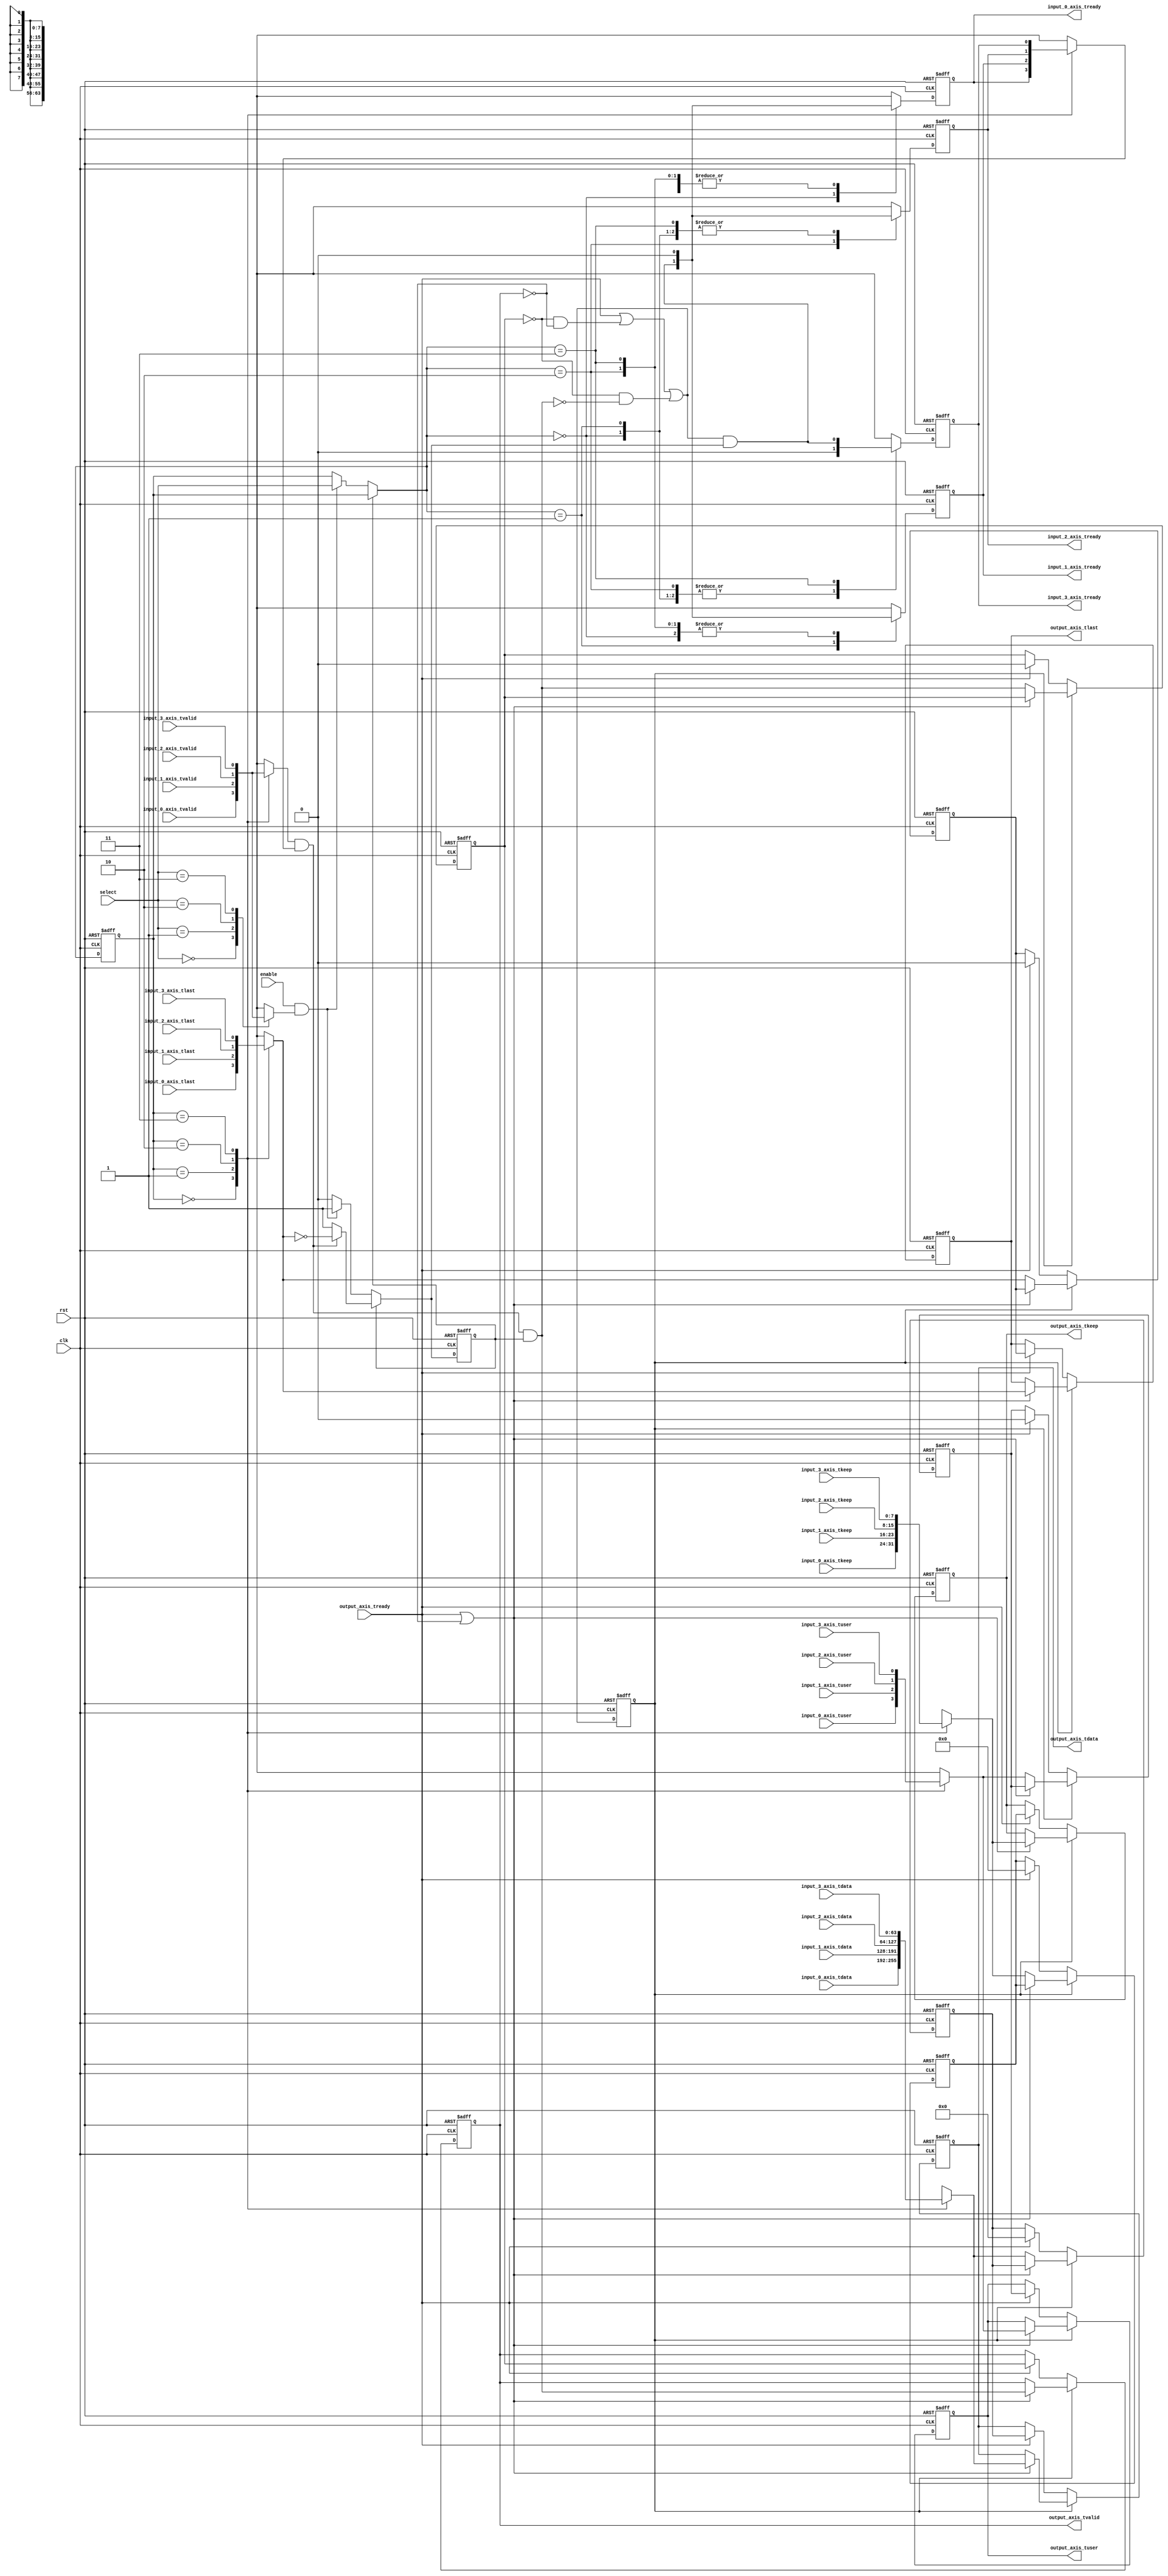
module axis_mux_64_4 #
(
    parameter DATA_WIDTH = 64,
    parameter KEEP_WIDTH = (DATA_WIDTH/8)
)
(
    input  wire                   clk,
    input  wire                   rst,
    /*
     */
    input  wire [DATA_WIDTH-1:0]  input_0_axis_tdata,
    input  wire [KEEP_WIDTH-1:0]  input_0_axis_tkeep,
    input  wire                   input_0_axis_tvalid,
    output wire                   input_0_axis_tready,
    input  wire                   input_0_axis_tlast,
    input  wire                   input_0_axis_tuser,
    input  wire [DATA_WIDTH-1:0]  input_1_axis_tdata,
    input  wire [KEEP_WIDTH-1:0]  input_1_axis_tkeep,
    input  wire                   input_1_axis_tvalid,
    output wire                   input_1_axis_tready,
    input  wire                   input_1_axis_tlast,
    input  wire                   input_1_axis_tuser,
    input  wire [DATA_WIDTH-1:0]  input_2_axis_tdata,
    input  wire [KEEP_WIDTH-1:0]  input_2_axis_tkeep,
    input  wire                   input_2_axis_tvalid,
    output wire                   input_2_axis_tready,
    input  wire                   input_2_axis_tlast,
    input  wire                   input_2_axis_tuser,
    input  wire [DATA_WIDTH-1:0]  input_3_axis_tdata,
    input  wire [KEEP_WIDTH-1:0]  input_3_axis_tkeep,
    input  wire                   input_3_axis_tvalid,
    output wire                   input_3_axis_tready,
    input  wire                   input_3_axis_tlast,
    input  wire                   input_3_axis_tuser,
    /*
     */
    output wire [DATA_WIDTH-1:0]  output_axis_tdata,
    output wire [KEEP_WIDTH-1:0]  output_axis_tkeep,
    output wire                   output_axis_tvalid,
    input  wire                   output_axis_tready,
    output wire                   output_axis_tlast,
    output wire                   output_axis_tuser,
    /*
     */
    input  wire                   enable,
    input  wire [1:0]             select
);
reg [1:0] select_reg = 0, select_next;
reg frame_reg = 0, frame_next;
reg input_0_axis_tready_reg = 0, input_0_axis_tready_next;
reg input_1_axis_tready_reg = 0, input_1_axis_tready_next;
reg input_2_axis_tready_reg = 0, input_2_axis_tready_next;
reg input_3_axis_tready_reg = 0, input_3_axis_tready_next;
// internal datapath
reg [DATA_WIDTH-1:0] output_axis_tdata_int;
reg [KEEP_WIDTH-1:0] output_axis_tkeep_int;
reg                  output_axis_tvalid_int;
reg                  output_axis_tready_int = 0;
reg                  output_axis_tlast_int;
reg                  output_axis_tuser_int;
wire                 output_axis_tready_int_early;
assign input_0_axis_tready = input_0_axis_tready_reg;
assign input_1_axis_tready = input_1_axis_tready_reg;
assign input_2_axis_tready = input_2_axis_tready_reg;
assign input_3_axis_tready = input_3_axis_tready_reg;
// mux for start of packet detection
reg selected_input_tvalid;
always @* begin
    case (select)
        2'd0: selected_input_tvalid = input_0_axis_tvalid;
        2'd1: selected_input_tvalid = input_1_axis_tvalid;
        2'd2: selected_input_tvalid = input_2_axis_tvalid;
        2'd3: selected_input_tvalid = input_3_axis_tvalid;
    endcase
end
// mux for incoming packet
reg [DATA_WIDTH-1:0] current_input_tdata;
reg [KEEP_WIDTH-1:0] current_input_tkeep;
reg current_input_tvalid;
reg current_input_tready;
reg current_input_tlast;
reg current_input_tuser;
always @* begin
    case (select_reg)
        2'd0: begin
            current_input_tdata = input_0_axis_tdata;
            current_input_tkeep = input_0_axis_tkeep;
            current_input_tvalid = input_0_axis_tvalid;
            current_input_tready = input_0_axis_tready;
            current_input_tlast = input_0_axis_tlast;
            current_input_tuser = input_0_axis_tuser;
        end
        2'd1: begin
            current_input_tdata = input_1_axis_tdata;
            current_input_tkeep = input_1_axis_tkeep;
            current_input_tvalid = input_1_axis_tvalid;
            current_input_tready = input_1_axis_tready;
            current_input_tlast = input_1_axis_tlast;
            current_input_tuser = input_1_axis_tuser;
        end
        2'd2: begin
            current_input_tdata = input_2_axis_tdata;
            current_input_tkeep = input_2_axis_tkeep;
            current_input_tvalid = input_2_axis_tvalid;
            current_input_tready = input_2_axis_tready;
            current_input_tlast = input_2_axis_tlast;
            current_input_tuser = input_2_axis_tuser;
        end
        2'd3: begin
            current_input_tdata = input_3_axis_tdata;
            current_input_tkeep = input_3_axis_tkeep;
            current_input_tvalid = input_3_axis_tvalid;
            current_input_tready = input_3_axis_tready;
            current_input_tlast = input_3_axis_tlast;
            current_input_tuser = input_3_axis_tuser;
        end
    endcase
end
always @* begin
    select_next = select_reg;
    frame_next = frame_reg;
    input_0_axis_tready_next = 0;
    input_1_axis_tready_next = 0;
    input_2_axis_tready_next = 0;
    input_3_axis_tready_next = 0;
    if (frame_reg) begin
        if (current_input_tvalid & current_input_tready) begin
            // end of frame detection
            frame_next = ~current_input_tlast;
        end
    end else if (enable & selected_input_tvalid) begin
        // start of frame, grab select value
        frame_next = 1;
        select_next = select;
    end
    // generate ready signal on selected port
    case (select_next)
        2'd0: input_0_axis_tready_next = output_axis_tready_int_early & frame_next;
        2'd1: input_1_axis_tready_next = output_axis_tready_int_early & frame_next;
        2'd2: input_2_axis_tready_next = output_axis_tready_int_early & frame_next;
        2'd3: input_3_axis_tready_next = output_axis_tready_int_early & frame_next;
    endcase
    // pass through selected packet data
    output_axis_tdata_int = current_input_tdata;
    output_axis_tkeep_int = current_input_tkeep;
    output_axis_tvalid_int = current_input_tvalid & current_input_tready & frame_reg;
    output_axis_tlast_int = current_input_tlast;
    output_axis_tuser_int = current_input_tuser;
end
always @(posedge clk or posedge rst) begin
    if (rst) begin
        select_reg <= 0;
        frame_reg <= 0;
        input_0_axis_tready_reg <= 0;
        input_1_axis_tready_reg <= 0;
        input_2_axis_tready_reg <= 0;
        input_3_axis_tready_reg <= 0;
    end else begin
        select_reg <= select_next;
        frame_reg <= frame_next;
        input_0_axis_tready_reg <= input_0_axis_tready_next;
        input_1_axis_tready_reg <= input_1_axis_tready_next;
        input_2_axis_tready_reg <= input_2_axis_tready_next;
        input_3_axis_tready_reg <= input_3_axis_tready_next;
    end
end
// output datapath logic
reg [DATA_WIDTH-1:0] output_axis_tdata_reg = 0;
reg [KEEP_WIDTH-1:0] output_axis_tkeep_reg = 0;
reg                  output_axis_tvalid_reg = 0;
reg                  output_axis_tlast_reg = 0;
reg                  output_axis_tuser_reg = 0;
reg [DATA_WIDTH-1:0] temp_axis_tdata_reg = 0;
reg [KEEP_WIDTH-1:0] temp_axis_tkeep_reg = 0;
reg                  temp_axis_tvalid_reg = 0;
reg                  temp_axis_tlast_reg = 0;
reg                  temp_axis_tuser_reg = 0;
assign output_axis_tdata = output_axis_tdata_reg;
assign output_axis_tkeep = output_axis_tkeep_reg;
assign output_axis_tvalid = output_axis_tvalid_reg;
assign output_axis_tlast = output_axis_tlast_reg;
assign output_axis_tuser = output_axis_tuser_reg;
// enable ready input next cycle if output is ready or if there is space in both output registers or if there is space in the temp register that will not be filled next cycle
assign output_axis_tready_int_early = output_axis_tready | (~temp_axis_tvalid_reg & ~output_axis_tvalid_reg) | (~temp_axis_tvalid_reg & ~output_axis_tvalid_int);
always @(posedge clk or posedge rst) begin
    if (rst) begin
        output_axis_tdata_reg <= 0;
        output_axis_tkeep_reg <= 0;
        output_axis_tvalid_reg <= 0;
        output_axis_tlast_reg <= 0;
        output_axis_tuser_reg <= 0;
        output_axis_tready_int <= 0;
        temp_axis_tdata_reg <= 0;
        temp_axis_tkeep_reg <= 0;
        temp_axis_tvalid_reg <= 0;
        temp_axis_tlast_reg <= 0;
        temp_axis_tuser_reg <= 0;
    end else begin
        // transfer sink ready state to source
        output_axis_tready_int <= output_axis_tready_int_early;
        if (output_axis_tready_int) begin
            // input is ready
            if (output_axis_tready | ~output_axis_tvalid_reg) begin
                // output is ready or currently not valid, transfer data to output
                output_axis_tdata_reg <= output_axis_tdata_int;
                output_axis_tkeep_reg <= output_axis_tkeep_int;
                output_axis_tvalid_reg <= output_axis_tvalid_int;
                output_axis_tlast_reg <= output_axis_tlast_int;
                output_axis_tuser_reg <= output_axis_tuser_int;
            end else begin
                // output is not ready, store input in temp
                temp_axis_tdata_reg <= output_axis_tdata_int;
                temp_axis_tkeep_reg <= output_axis_tkeep_int;
                temp_axis_tvalid_reg <= output_axis_tvalid_int;
                temp_axis_tlast_reg <= output_axis_tlast_int;
                temp_axis_tuser_reg <= output_axis_tuser_int;
            end
        end else if (output_axis_tready) begin
            // input is not ready, but output is ready
            output_axis_tdata_reg <= temp_axis_tdata_reg;
            output_axis_tkeep_reg <= temp_axis_tkeep_reg;
            output_axis_tvalid_reg <= temp_axis_tvalid_reg;
            output_axis_tlast_reg <= temp_axis_tlast_reg;
            output_axis_tuser_reg <= temp_axis_tuser_reg;
            temp_axis_tdata_reg <= 0;
            temp_axis_tkeep_reg <= 0;
            temp_axis_tvalid_reg <= 0;
            temp_axis_tlast_reg <= 0;
            temp_axis_tuser_reg <= 0;
        end
    end
end
endmodule